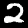
Digit: 2